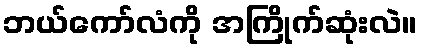
ဘယ်ကော်လံကို အကြိုက်ဆုံးလဲ။